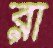
রা